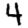
Digit: 4